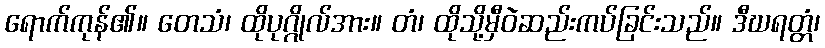
ရောက်ကုန်၏။ တေသံ၊ ထိုပုဂ္ဂိုလ်အား။ တံ၊ ထိုသို့မှီဝဲဆည်းကပ်ခြင်းသည်။ ဒီဃရတ္တံ၊